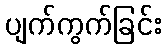
ပျက်ကွက်ခြင်း